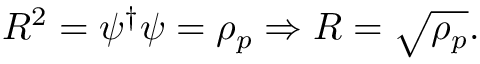
R ^ { 2 } = \psi ^ { \dagger } \psi = \rho _ { p } \Rightarrow R = \sqrt { \rho _ { p } } .